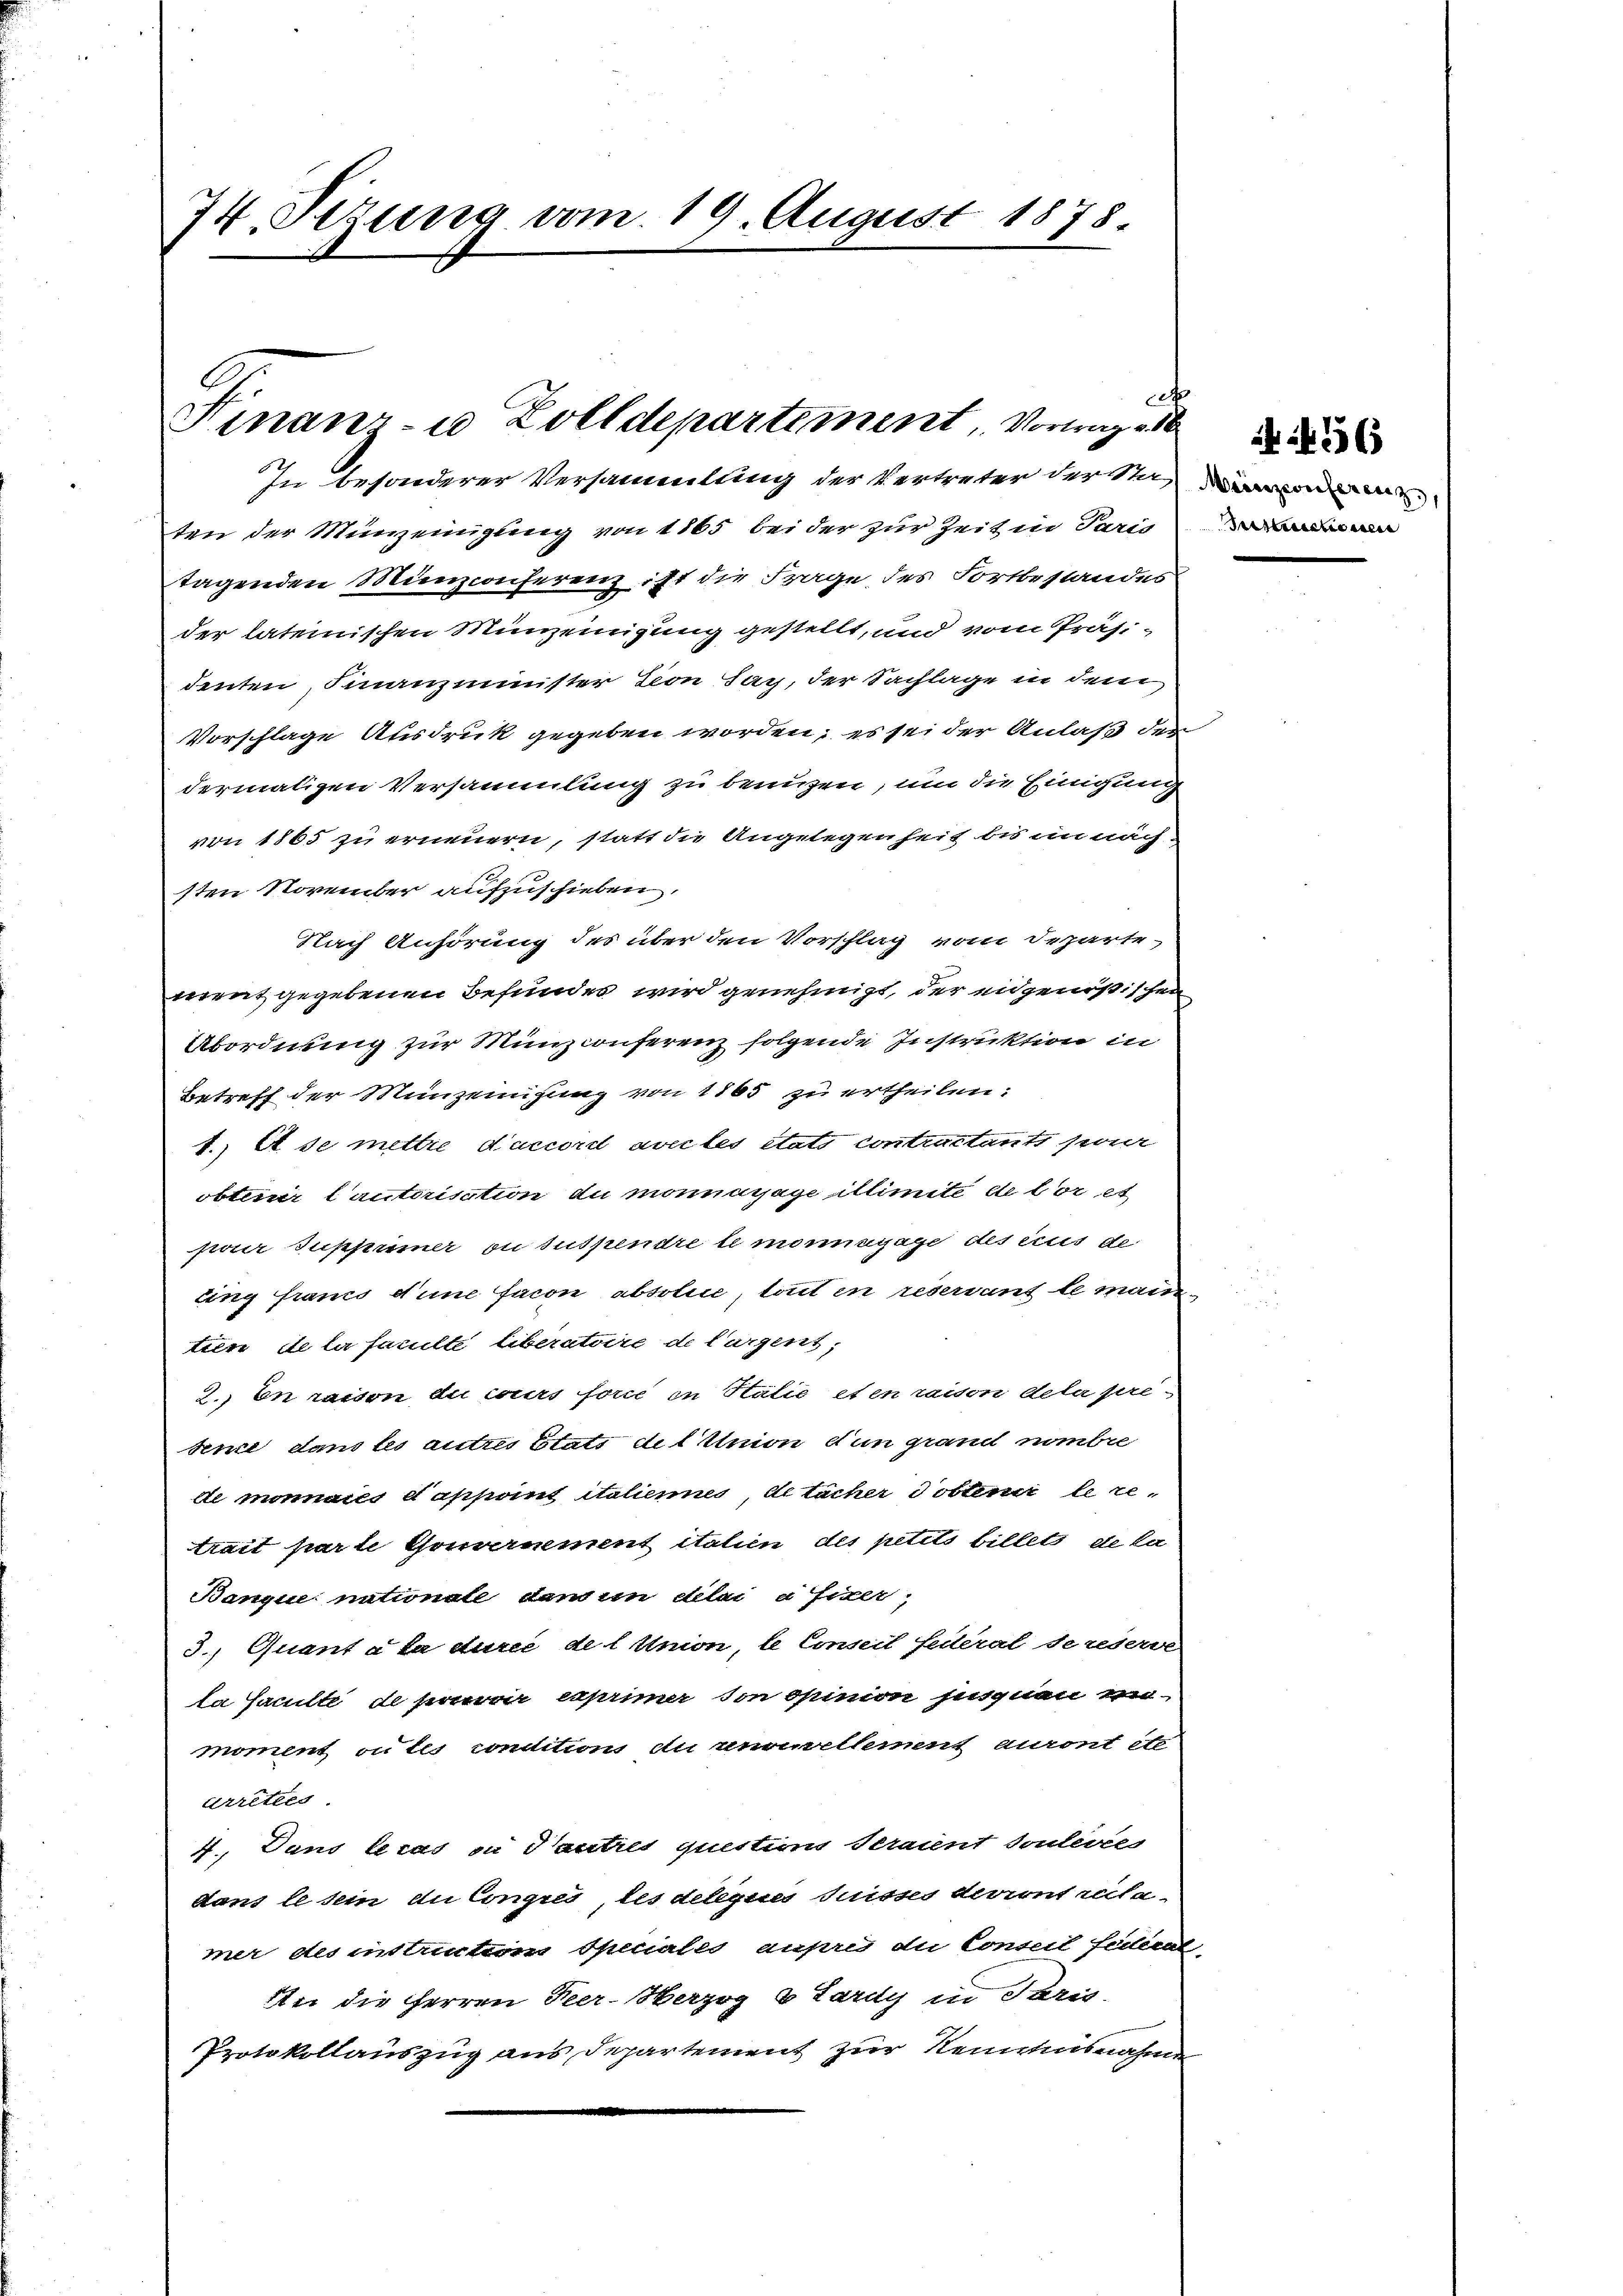
74. Sizung vom 19. August 1878.

t
Finanz- u Zolldepartement, Vortrages.

In besonderer Versammlung der Vertreter der Seine
ten der Münzeinigung von 1865 bei der zur Zeit in Paris
tagenden Münzconferenz ist die Frage des Fortbestandes
der lateinischen Münzeinigung gestellt, und vom Präsidenten Finanzminister von Sag, der Sachlage in dem
Vorschlage Ausdruck gegeben worden; es sei der Anlaß der
dermaligen Versammlung zu benuzen, um die Einigung
von 1865 zu erneuern, statt die Angelegenheit bis in nach-
sten November aufzuschieben.
Nach Anhörung des über den Vorschlag vom Separte
ment gegebenen Befundes wird genehmigt, der eidgenößischen
Abordnung zur Münzconferenz folgende Instruktion in
Betreff der Minzeinigung von 1865 zu ertheilen:
1.) Es se mettre d’accord avec les états contractants sei
obtenir lautorisation du monnarage illimité de vor et
pour supprimer ou suspendre le monnagage des eines de
ting franco une facon absolue, tout in reservant le mann
tiere de la faculte liberatoire de largent,
2. En raison du cours force in Statie et en raison Acta presenze dans les autres Etats der Union dun grand nimbie
de monnaies appant italiennes, Altacher Tobtenir le retrait par le Gouvernement italien des petits billets de la
Banque nationale dans in delei a fixer,
3. Quant à la durce der Union, le Conseil federal se reserve
da Faculté de par caprimer von opinion sussnen wi
moment ou les condition du nouvellement auront etc
Arrettes
4., Dans lecas ou autres questions Seraient sondertes
dans le sein du Congres les deleques Suisses devront reclamer des instruction Speciales aufre die Conseil seiteral-
Iter die Herren Peer-Herzog & Lardy in Paris-
Protokollauszug aus Departement zur Kenntnisnahme

Festuctionen

N. 256